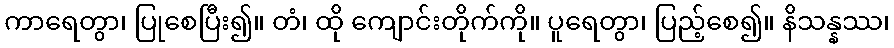
ကာရေတွာ၊ ပြုစေပြီး၍။ တံ၊ ထို ကျောင်းတိုက်ကို။ ပူရေတွာ၊ ပြည့်စေ၍။ နိသန္နဿ၊